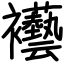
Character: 襼